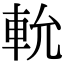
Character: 𨋍